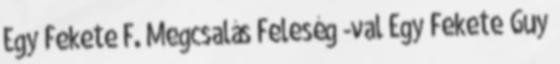
Egy Fekete F. Megcsalás Feleség -val Egy Fekete Guy